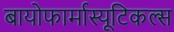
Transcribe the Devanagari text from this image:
बायोफार्मास्यूटिकल्स